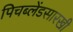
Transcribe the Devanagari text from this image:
पिचब्लेंडसारखी